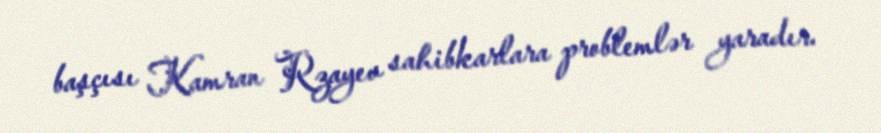
başçısı Kamran Rzayev sahibkarlara problemlər yaradır.